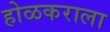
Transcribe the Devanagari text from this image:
होळकराला